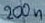
Text: 200n